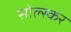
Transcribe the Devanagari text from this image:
सोल्स्कर